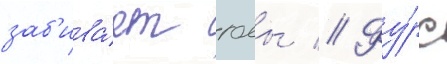
заб'ива́ет голы // Фу́рс